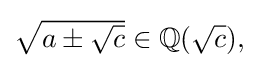
{\textstyle {\sqrt {a\pm {\sqrt {c}}}}\in \mathbb {Q} ({\sqrt {c}}),}